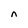
Character: n